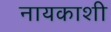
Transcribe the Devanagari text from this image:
नायकाशी